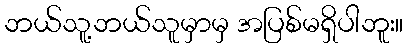
ဘယ်သူ့ဘယ်သူမှာမှ အပြစ်မရှိပါဘူး။